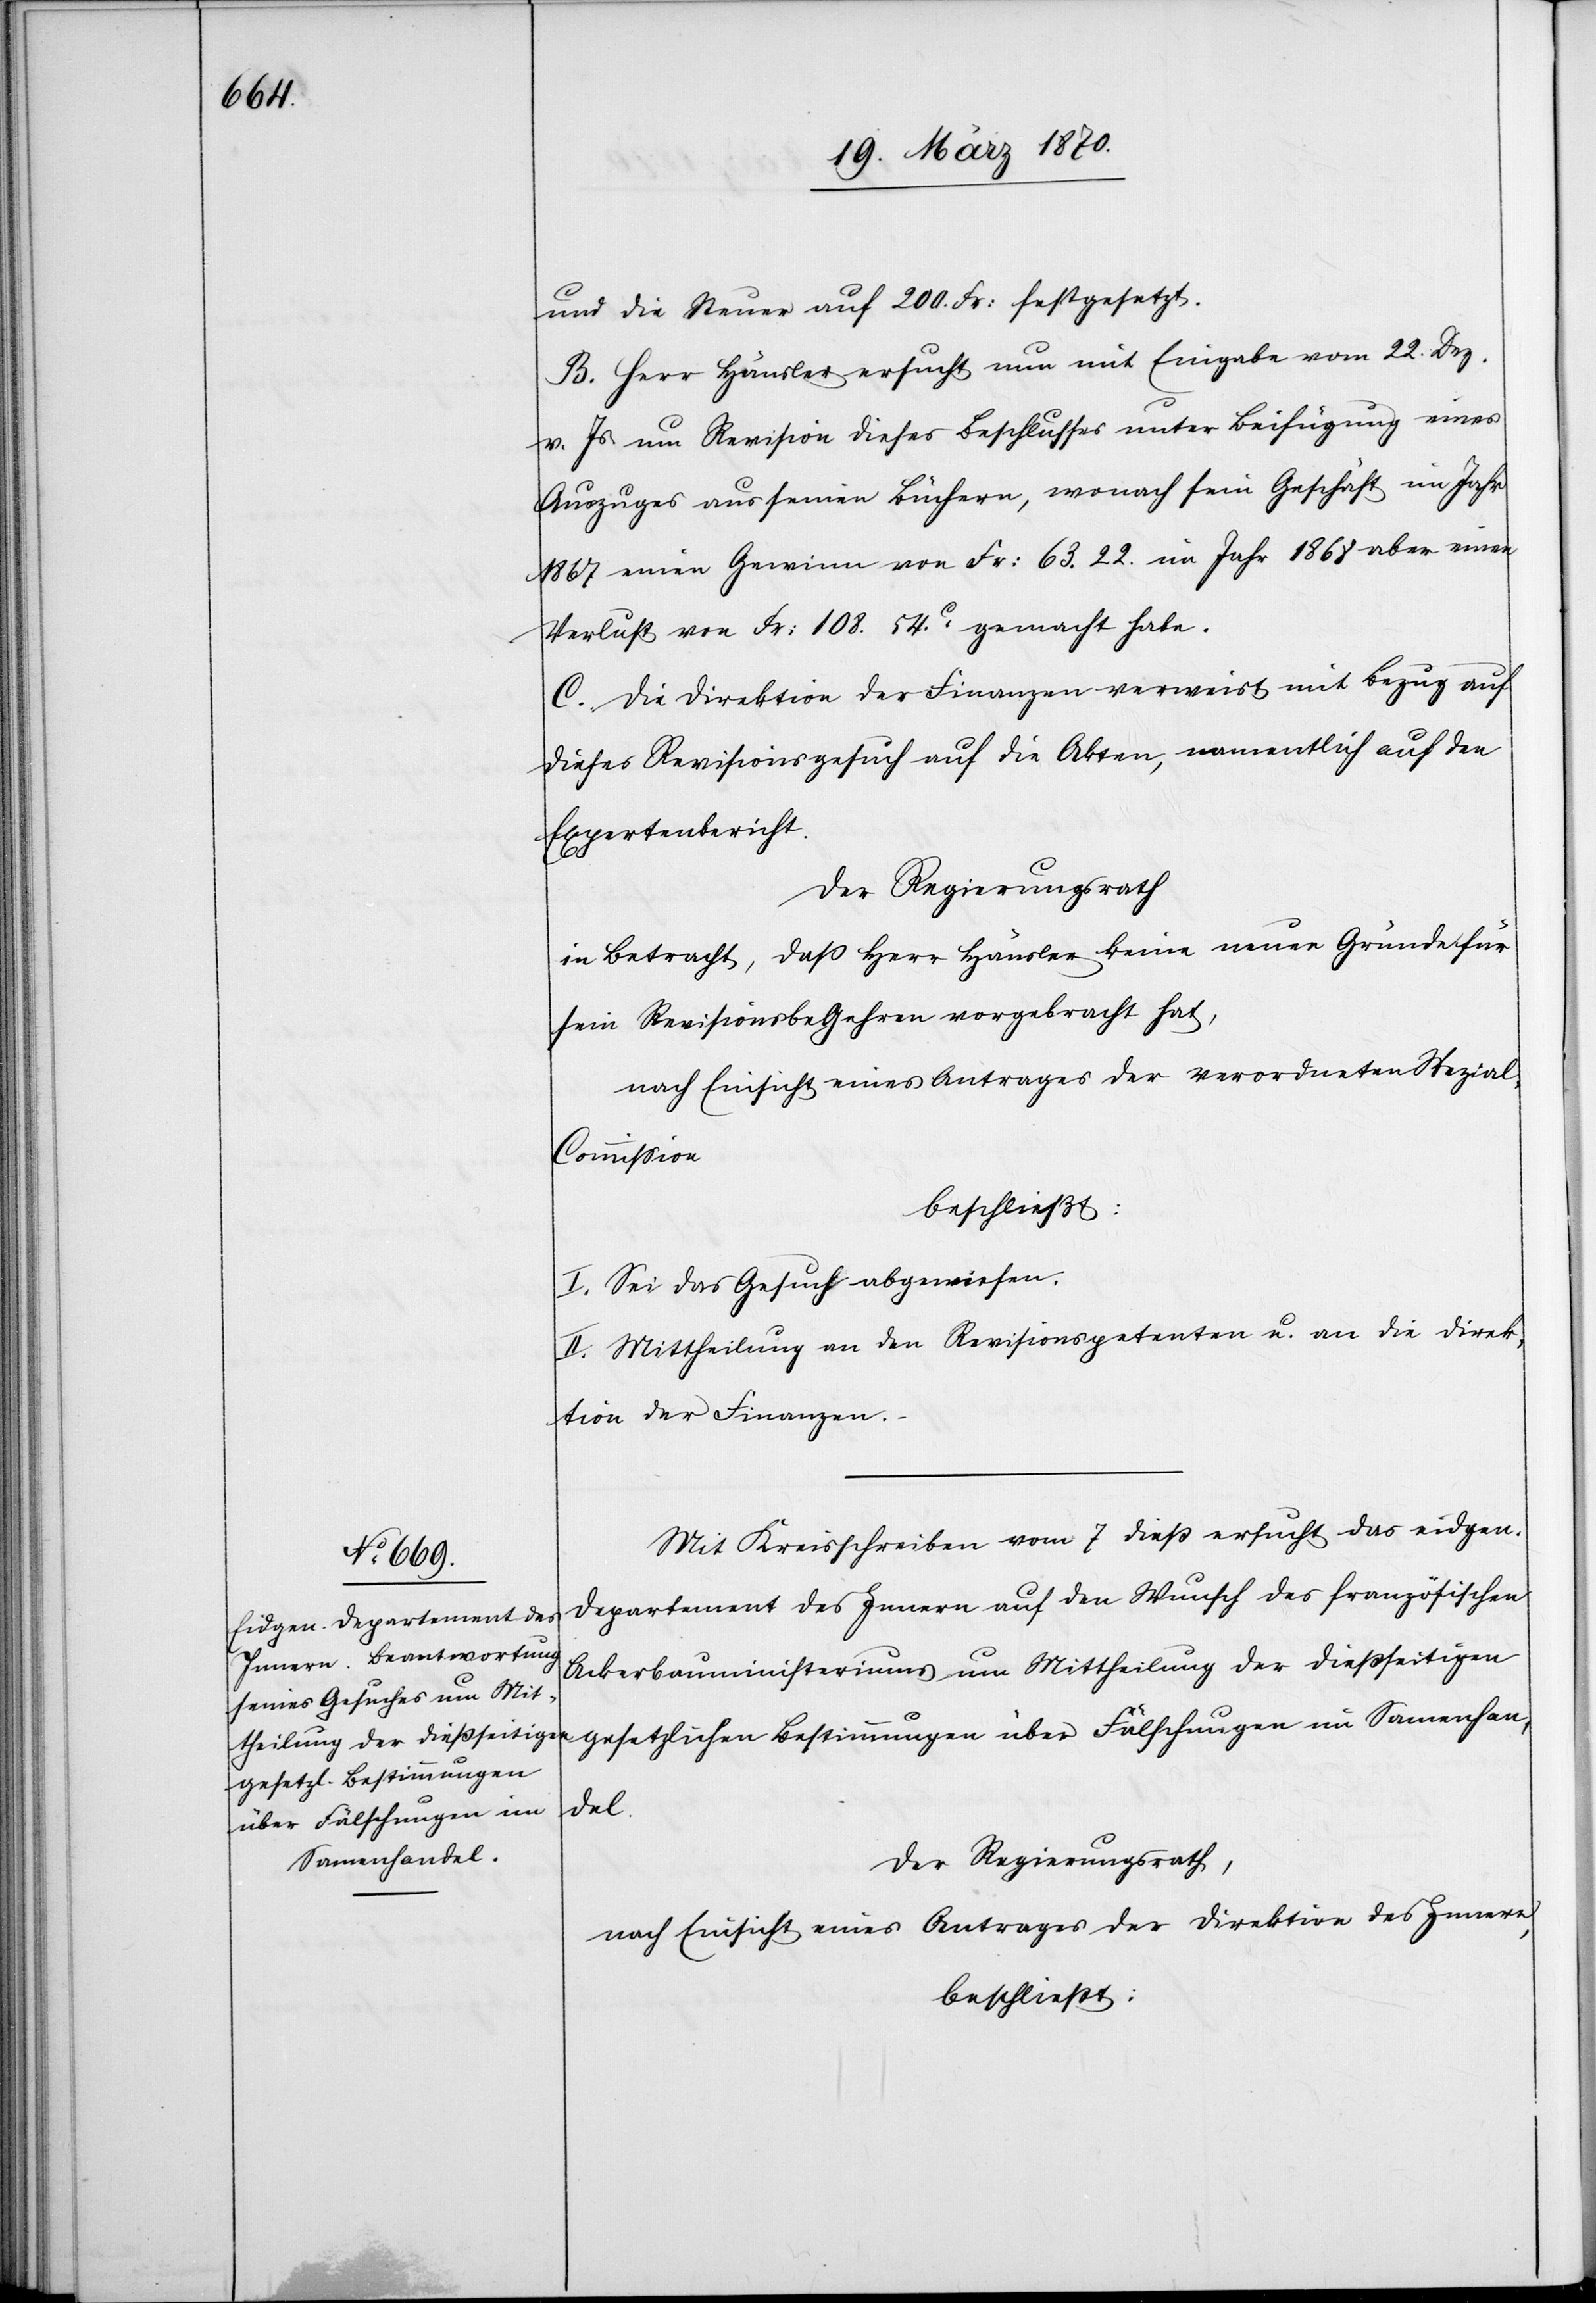
die Steuer auf 200. Fr: festgesetzt.
B. Herr Hänsler ersucht nun mit Eingabe vom 22. Dez.
v. Js um Revision dieses Beschlusses unter Beifügung eines
Auszuges aus seinen Büchern, wonach sein Geschäft im Jahr
1867 einen Gewinn von Fr: 63.22. im Jahr 1868 aber einen
Verlust von Fr: 108.54c. gemacht habe.
C. Die Direktion der Finanzen verweist mit Bezug auf
dieses Revisionsgesuch auf die Akten, namentlich auf den
Expertenbericht.
Der Regierungsrath
in Betracht, daß Herr Hänsler keine neuen Gründe für
sein Revisionsbegehren vorgebracht hat,
nach Einsicht eines Antrages der verordneten Spezia¬
l-Commission
beschließt:
I. Sei das Gesuch abgewiesen.
II. Mittheilung an den Revisionspetenten u. an die Direk¬
tion der Finanzen.
Mit Kreisschreiben vom 7 dieß ersucht das eidgen.
Departement des Innern auf den Wunsch des französischen
Ackerbauministeriums um Mittheilung der dießseitigen
gesetzlichen Bestimmungen über Fälschungen im Samenhan¬
del.
Der Regierungsrath,
nach Einsicht eines Antrages der Direktion des Innern,
beschließt: